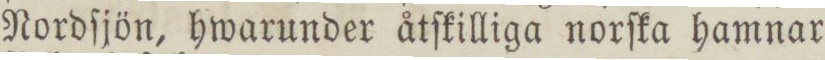
Nordſjön, hwarunder åtſkilliga norſka hamnar